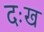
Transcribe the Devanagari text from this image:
दःख